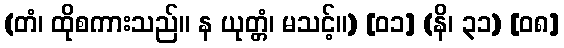
(တံ၊ ထိုစကားသည်။ န ယုတ္တံ၊ မသင့်။) [၀၁] (နိ၊ ၃၁) [၀၈]